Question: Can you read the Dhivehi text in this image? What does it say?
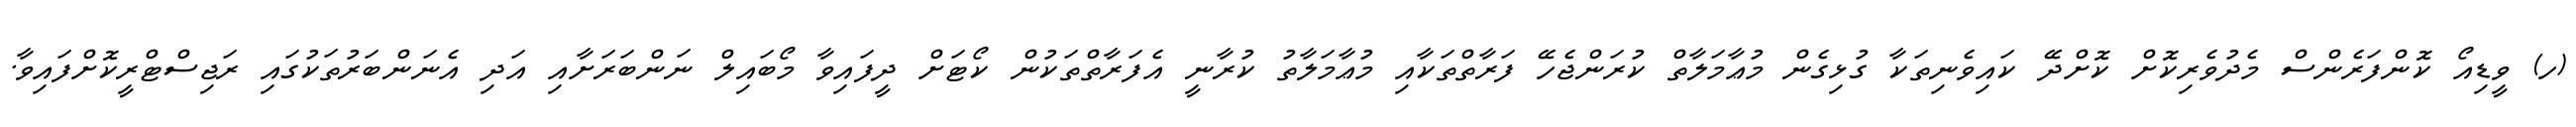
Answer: (ހ) ވީޑިއޯ ކޮންފަރެންސް މެދުވެރިކޮށް ކޮށްދޭ ކައިވެނިތަކާ ގުޅިގެން މުޢާމަލާތް ކުރަންޖެހޭ ފަރާތްތަކާއި މުޢާމަލާތު ކުރާނީ އެފަރާތްތަކުން ކޯޓަށް ދީފައިވާ މޯބައިލް ނަންބަރަށާއި އަދި އެނަންބަރުތަކުގައި ރަޖިސްޓްރީކޮށްފައިވާ.